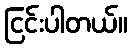
ငြင်းပါတယ်။